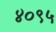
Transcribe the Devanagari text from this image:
४०९५